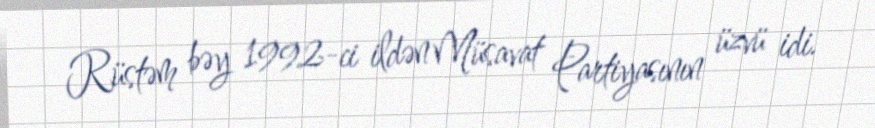
Rüstəm bəy 1992-ci ildən Müsavat Partiyasının üzvü idi.